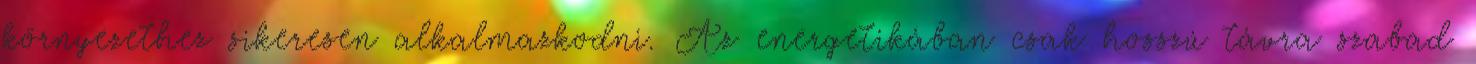
környezethez sikeresen alkalmazkodni. Az energetikában csak hosszú távra szabad